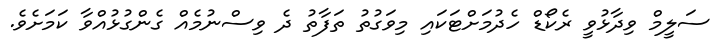
ސަލީމް ވިދާޅުވީ ރެކޯޑް ހެދުމަށްޓަކައި މިވަގުތު ތަފާތު ދެ ވިސްނުމެއް ގެންގުޅުއްވާ ކަމަށެވެ.